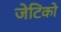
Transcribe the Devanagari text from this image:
जेटिको